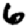
Digit: 6